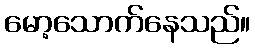
မော့သောက်နေသည်။